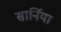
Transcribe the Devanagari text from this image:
सार्निया